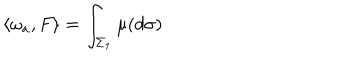
\langle \omega _ { a } , F \rangle = \int _ { \Sigma _ { 1 } } \mu ( d \sigma )